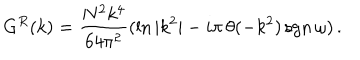
G ^ { R } ( k ) = { \frac { N ^ { 2 } k ^ { 4 } } { 6 4 \pi ^ { 2 } } } ( \ln { | k ^ { 2 } | } - i \pi \, \theta ( - k ^ { 2 } ) \, \mathrm { s g n } \, \omega ) \, .